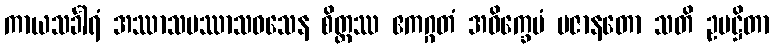
ကာယသင်္ခါရံ အဿာသပဿာသဝသေန စိတ္တဿ ဧကဂ္ဂတံ အဝိက္ခေပံ ပဇာနတော သတိ ဥပဋ္ဌိတာ